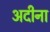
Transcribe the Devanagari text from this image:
अदीना